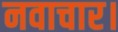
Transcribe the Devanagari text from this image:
नवाचार।